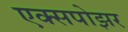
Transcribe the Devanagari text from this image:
एक्सपोझर